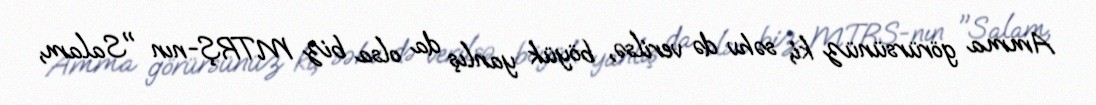
Amma görürsünüz ki, səhv də verilsə, böyük yanlış da olsa biz MTRŞ-nın "Salam,